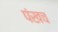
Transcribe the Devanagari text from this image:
पंखच